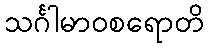
သင်္ဂါမာဝစရောတိ